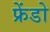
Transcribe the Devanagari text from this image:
फ्रेंडो